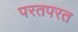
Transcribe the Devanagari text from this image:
परतपरत